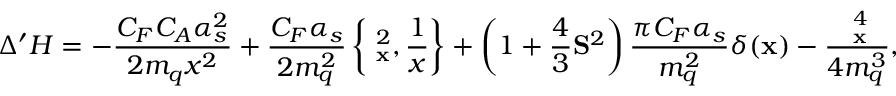
\Delta ^ { \prime } { \cal H } = - { \frac { C _ { F } C _ { A } \alpha _ { s } ^ { 2 } } { 2 m _ { q } x ^ { 2 } } } + { \frac { C _ { F } \alpha _ { s } } { 2 m _ { q } ^ { 2 } } } \left\{ { \bf \partial } _ { \bf x } ^ { 2 } , { \frac { 1 } { x } } \right\} + \left( 1 + { \frac { 4 } { 3 } } { \bf S } ^ { 2 } \right) { \frac { \pi C _ { F } \alpha _ { s } } { m _ { q } ^ { 2 } } } \delta ( { \bf x } ) - { \frac { { \bf \partial } _ { \bf x } ^ { 4 } } { 4 m _ { q } ^ { 3 } } } ,